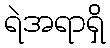
ရဲအရာရှိ